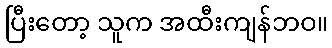
ပြီးတော့ သူက အထီးကျန်ဘဝ။